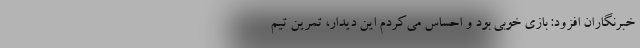
خبرنگاران افزود: بازی خوبی بود و احساس می‌کردم این دیدار، تمرین تیم